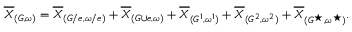
\begin{array} { r } { \overline { { X } } _ { ( G , \omega ) } = \overline { { X } } _ { ( G / e , \omega / e ) } + \overline { { X } } _ { ( G \cup e , \omega ) } + \overline { { X } } _ { ( G ^ { 1 } , \omega ^ { 1 } ) } + \overline { { X } } _ { ( G ^ { 2 } , \omega ^ { 2 } ) } + \overline { { X } } _ { ( G ^ { \star } , \omega ^ { \star } ) } . } \end{array}